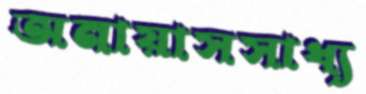
অনায়াসসাধ্য